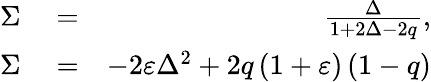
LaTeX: \begin{array}{rlr}{\Sigma}&{{}=}&{\frac{\Delta}{1+2\Delta-2q},}\\ {\Sigma}&{{}=}&{-2\varepsilon\Delta^{2}+2q\left(1+\varepsilon\right)\left(1-q\right)}\end{array}